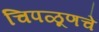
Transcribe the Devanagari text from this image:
चिपळूणचे